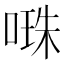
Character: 𠺾